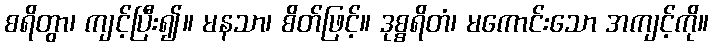
စရိတွာ၊ ကျင့်ပြီး၍။ မနသာ၊ စိတ်ဖြင့်။ ဒုစ္စရိတံ၊ မကောင်းသော အကျင့်ကို။